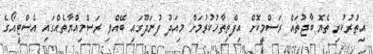
އިތުރުކުރި ތެޔޮ ބާޖުތައް ރަސްމީކޮށް އިފްތިތާހުކުރުމަށް މިއަދު ފުނަދޫގައި ބޭއްވި ރަސްމިއްޔާތެއްގައި އެސްޓީއޯގެ